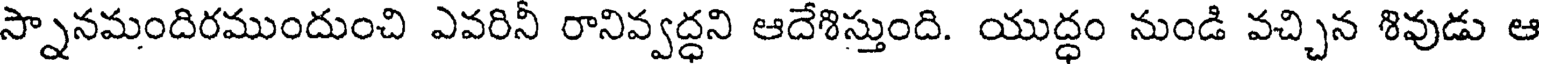
స్నానమందిరముందుంచి ఎవరినీ రానివ్వద్ధని ఆదేశిస్తుంది. యుద్ధం నుండి వచ్చిన శివుడు ఆ